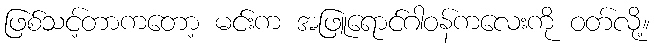
ဖြစ်သင့်တာကတော့ မင်းက အဖြူရောင်ဂါဝန်ကလေးကို ဝတ်လို့။